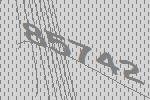
85742